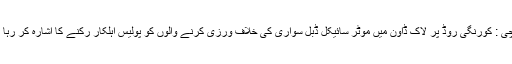
کراچی : کورنگی روڈ پر لاک ڈاون میں موٹر سائیکل ڈبل سواری کی خلاف ورزی کرنے والوں کو پولیس اہلکار رکنے کا اشارہ کر رہا ہے۔